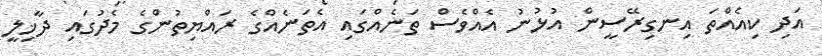
އަދި ކިއެއްތަ އިނގިރޭސީން އުޅުނު އެއްވެސް ތަނެއްގައި އެތަނެއްގެ ރައްޔިތުންގެ މެދުގައި ދާޚިލީ